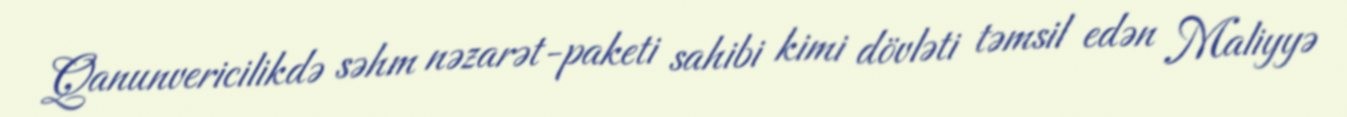
Qanunvericilikdə səhm nəzarət-paketi sahibi kimi dövləti təmsil edən Maliyyə